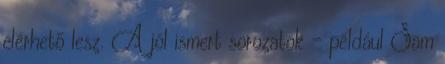
elérhető lesz. A jól ismert sorozatok - például Sam